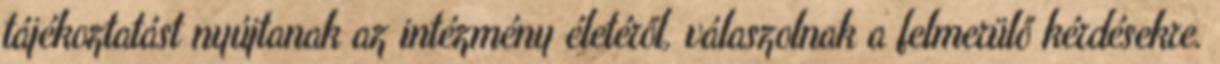
tájékoztatást nyújtanak az intézmény életéről, válaszolnak a felmerülő kérdésekre.